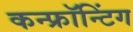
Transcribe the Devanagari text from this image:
कन्फ्रॉन्टिंग